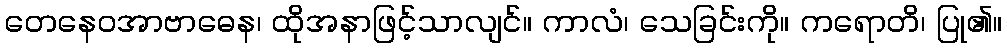
တေနေဝအာဗာဓေန၊ ထိုအနာဖြင့်သာလျင်။ ကာလံ၊ သေခြင်းကို။ ကရောတိ၊ ပြု၏။